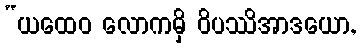
“ယထေဝ လောကမှိ ဝိပဿိအာဒယော,